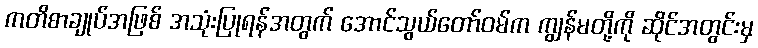
ကတိစာချုပ်အဖြစ် အသုံးပြုရန်အတွက် အောင်သွယ်တော်ဝမ်က ကျွန်မတို့ကို ဆိုင်အတွင်းမှ